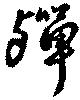
殫